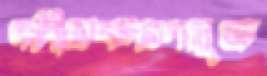
দলীয়করণমুক্ত